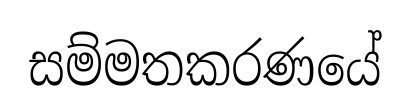
සම්මතකරණයේ